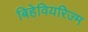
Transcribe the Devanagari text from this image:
बिहेवियरिज्म